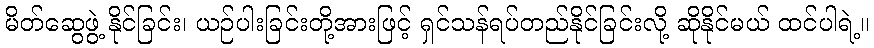
မိတ်ဆွေဖွဲ့ နိုင်ခြင်း၊ ယဉ်ပါးခြင်းတို့အားဖြင့် ရှင်သန်ရပ်တည်နိုင်ခြင်းလို့ ဆိုနိုင်မယ် ထင်ပါရဲ့။